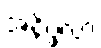
အနိပ္ဖလာ